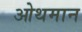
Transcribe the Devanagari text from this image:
ओथमान